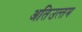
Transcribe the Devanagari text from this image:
अतिउत्‍तम